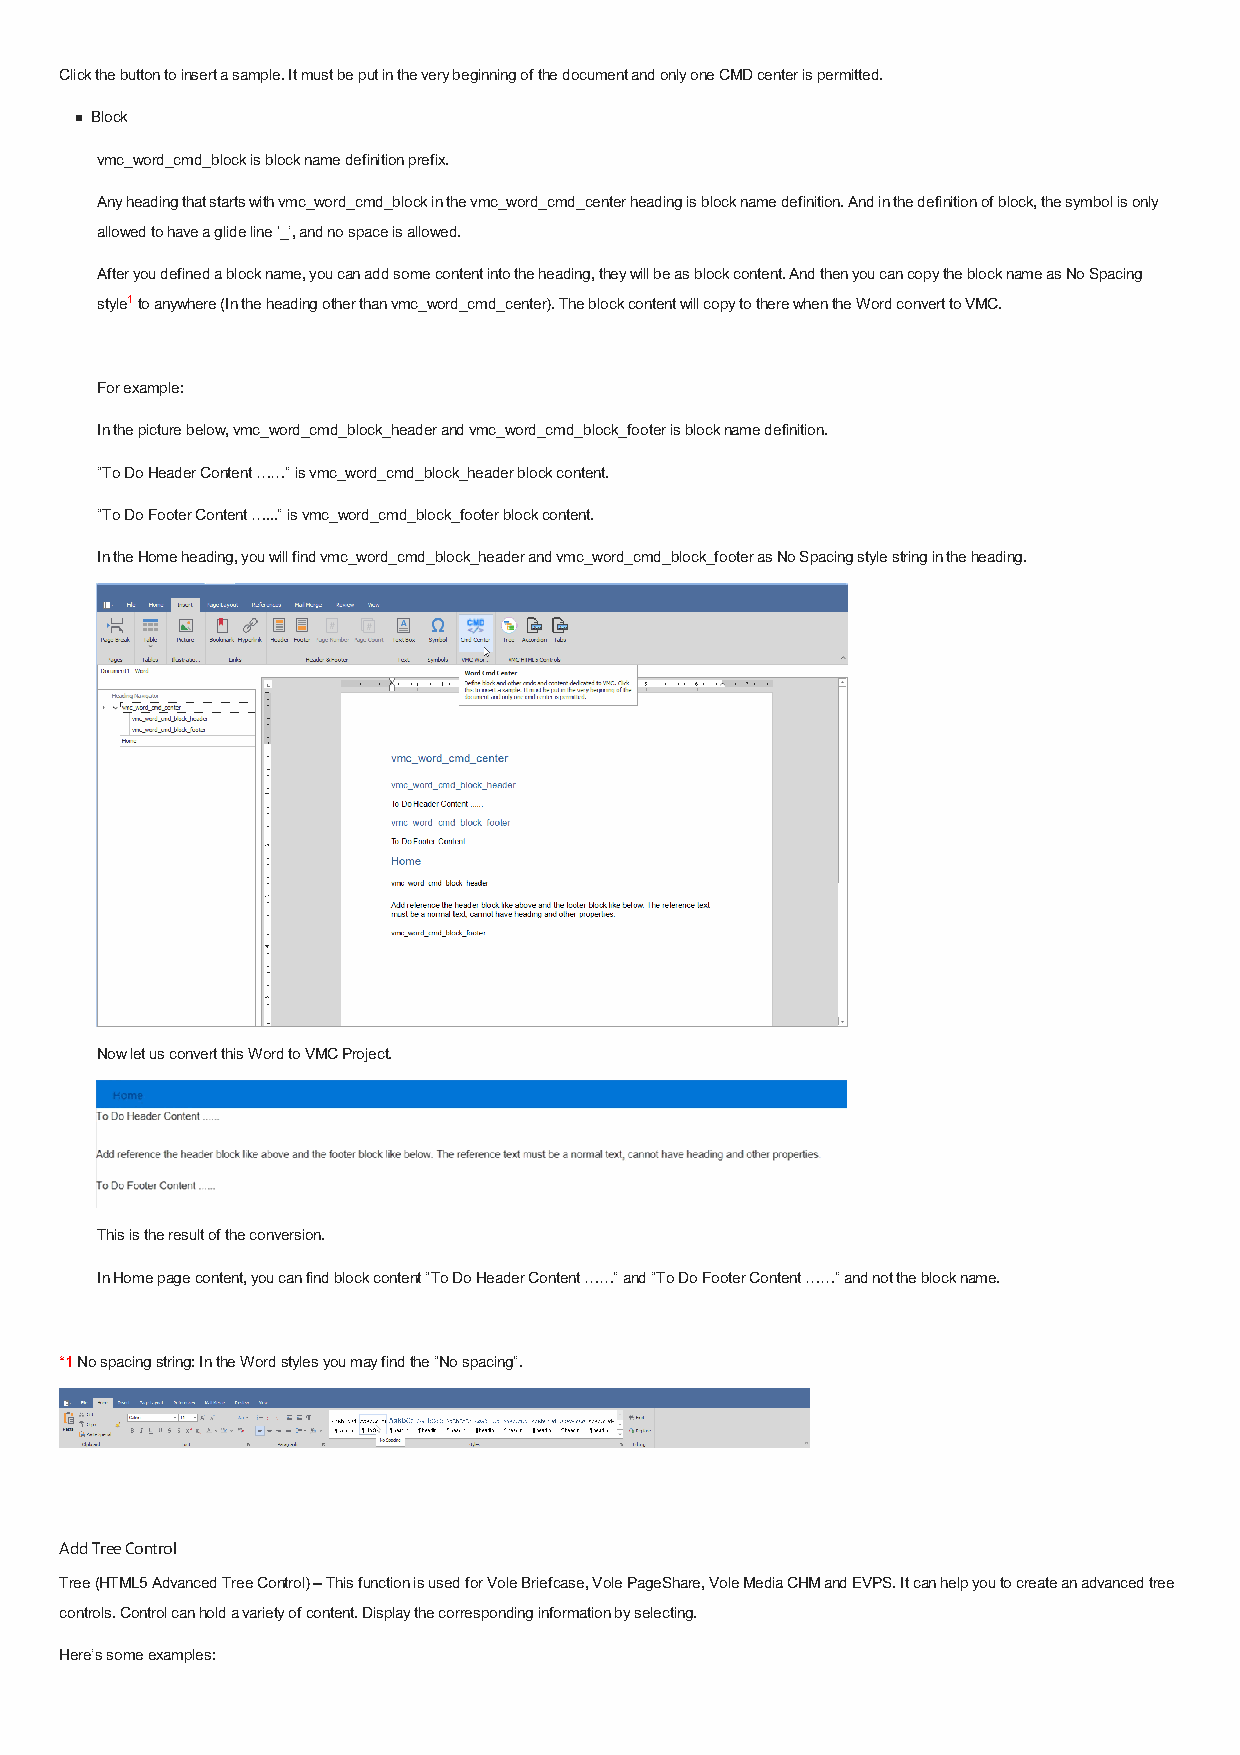
Click the button to insert a sample. It must be put in the very beginning of the document and only one CMD center is permitted.
 Block
 vmc_word_cmd_block is block name definition prefix.
 Any heading that starts with vmc_word_cmd_block in the vmc_word_cmd_center heading is block name definition. And in the definition of block, the symbol is only
 allowed to have a glide line ‘_’, and no space is allowed.
 After you defined a block name, you can add some content into the heading, they will be as block content. And then you can copy the block name as No Spacing
 style1 to anywhere (In the heading other than vmc_word_cmd_center). The block content will copy to there when the Word convert to VMC.
 For example:
 In the picture below, vmc_word_cmd_block_header and vmc_word_cmd_block_footer is block name definition.
 “To Do Header Content ……” is vmc_word_cmd_block_header block content.
 “To Do Footer Content …...” is vmc_word_cmd_block_footer block content.
 In the Home heading, you will find vmc_word_cmd_block_header and vmc_word_cmd_block_footer as No Spacing style string in the heading.
 Now let us convert this Word to VMC Project.
 This is the result of the conversion.
 In Home page content, you can find block content “To Do Header Content ……” and “To Do Footer Content ……” and not the block name.
 *1 No spacing string: In the Word styles you may find the “No spacing”.
 Add Tree Control
 Tree (HTML5 Advanced Tree Control) – This function is used for Vole Briefcase, Vole PageShare, Vole Media CHM and EVPS. It can help you to create an advanced tree
 controls. Control can hold a variety of content. Display the corresponding information by selecting.
 Here’s some examples: